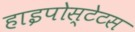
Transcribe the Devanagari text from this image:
हाइपोस्टेटस